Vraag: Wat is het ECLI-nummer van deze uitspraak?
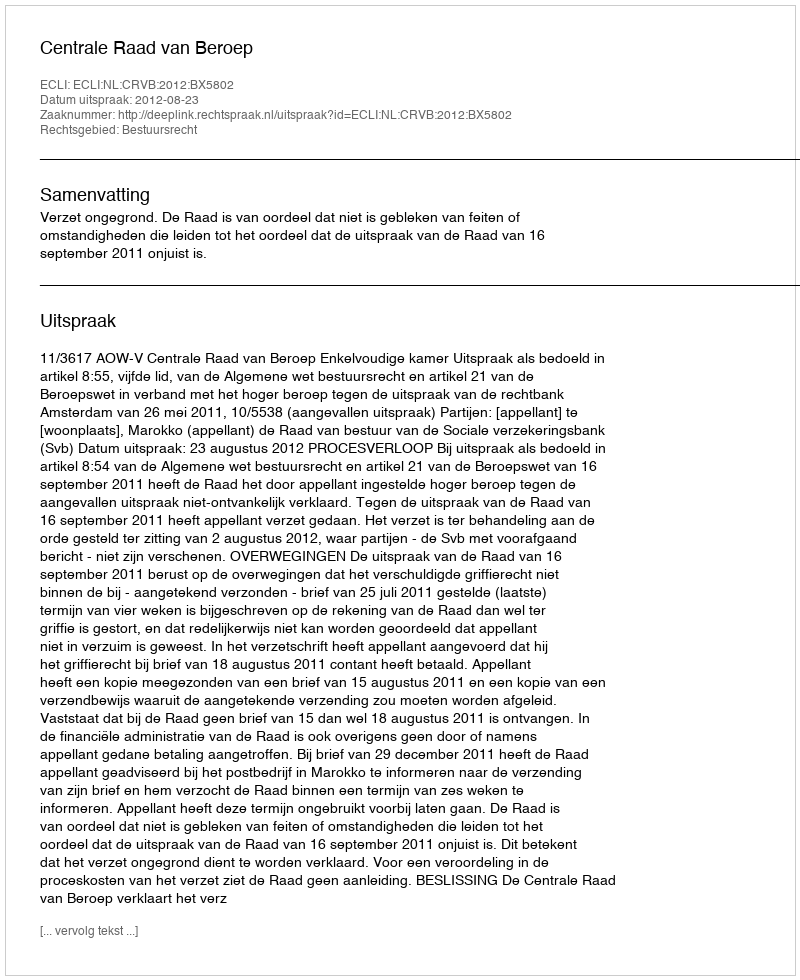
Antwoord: ECLI:NL:CRVB:2012:BX5802